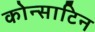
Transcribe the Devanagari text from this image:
कोन्साटिन